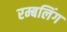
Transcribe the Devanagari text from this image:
रम्बलिंग